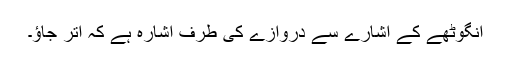
انگوٹھے کے اشارے سے دروازے کی طرف اشارہ ہے کہ اتر جاؤ۔